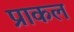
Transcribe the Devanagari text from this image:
प्राकल